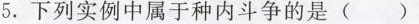
5.下列实例中属于种内斗争的是( )